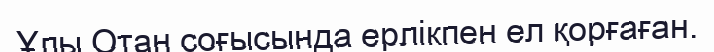
Ұлы Отан соғысында ерлікпен ел қорғаған.